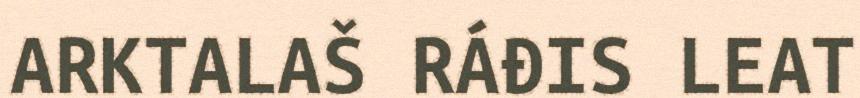
ARKTALAŠ RÁĐIS LEAT